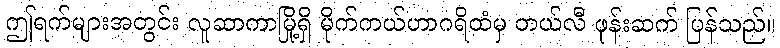
ဤရက်များအတွင်း လူဆာကာမြို့ရှိ မိုက်ကယ်ဟာဂရိထံမှ တယ်လီ ဖုန်းဆက် ပြန်သည်။